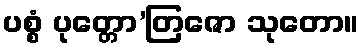
ပစ္စံ ပုတ္တော’တြဇော သုတော။